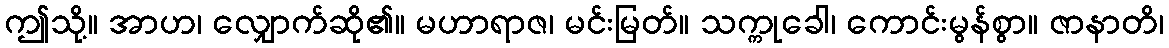
ဤသို့။ အာဟ၊ လျှောက်ဆို၏။ မဟာရာဇ၊ မင်းမြတ်။ သက္ကုခေါ၊ ကောင်းမွန်စွာ။ ဇာနာတိ၊